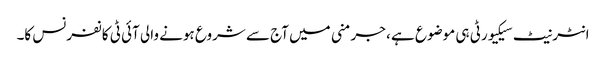
انٹرنیٹ سیکیورٹی ہی موضوع ہے ، جرمنی میں آج سے شروع ہونے والی آئی ٹی کانفرنس کا۔